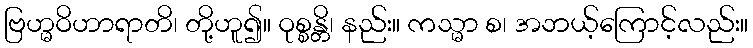
ဗြဟ္မဝိဟာရာတိ၊ တို့ဟူ၍။ ဝုစ္စန္တိ၊ နည်း။ ကသ္မာ စ၊ အဘယ့်ကြောင့်လည်း။